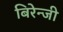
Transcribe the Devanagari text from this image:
बिरेन्जी